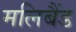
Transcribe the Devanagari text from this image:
मलिबैंड